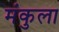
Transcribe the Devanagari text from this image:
मंकुला